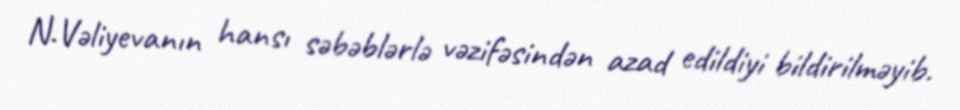
N.Vəliyevanın hansı səbəblərlə vəzifəsindən azad edildiyi bildirilməyib.